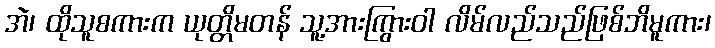
အဲ၊ ထိုသူစကားက ယုတ္တိမတန် သူ့အားကြွားဝါ လိမ်လည်သည်ဖြစ်ဘိမူကား၊